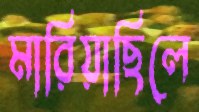
মারিয়াছিলে